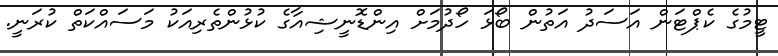
ޓީމުގެ ކެޕްޓަން އަސަދު އަތުން ބޯޅަ ހޯދުމަށް އިންޑޮނީޝިއާގެ ކުޅުންތެރިއަކު މަސައްކަތް ކުރަނީ.